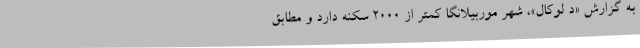
به گزارش «د لوکال»، شهر موربیلانگا کمتر از ۲۰۰۰ سکنه دارد و مطابق